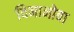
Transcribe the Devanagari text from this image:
विनानोवा